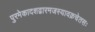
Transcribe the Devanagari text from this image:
पुरमेकादशद्वारमजस्यावक्रचेतसः